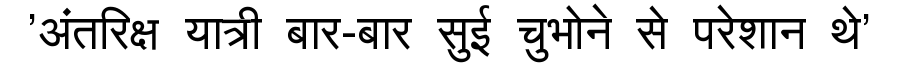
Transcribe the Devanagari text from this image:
'अंतरिक्ष यात्री बार-बार सुई चुभोने से परेशान थे'